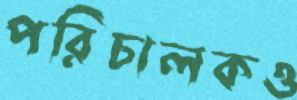
পরিচালকও